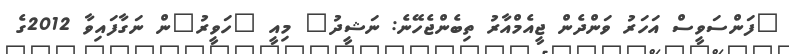
"ފަންސަވީސް އަހަރު ވަންދެން ޖީއެމްއާރު ތިބެންޖެހޭނެ: ނަޝީދު" މިއީ "ހަވީރު"ން ނަގާފައިވާ 2012ގެ